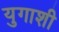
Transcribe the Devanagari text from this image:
युगाशी